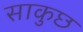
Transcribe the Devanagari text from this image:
साकुछ